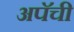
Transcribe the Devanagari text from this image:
अपॅची